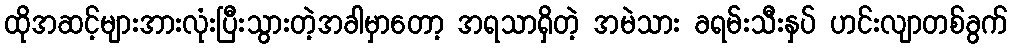
ထိုအဆင့်များအားလုံးပြီးသွားတဲ့အခါမှာတော့ အရသာရှိတဲ့ အမဲသား ခရမ်းသီးနှပ် ဟင်းလျာတစ်ခွက်